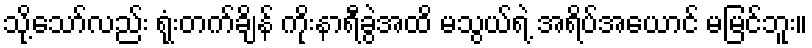
သို့သော်လည်း ရုံးတက်ချိန် ကိုးနာရီခွဲအထိ မသွယ်ရဲ့ အရိပ်အယောင် မမြင်ဘူး။